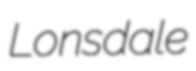
Lonsdale